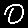
Digit: 0